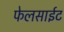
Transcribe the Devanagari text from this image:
फेलसाईट